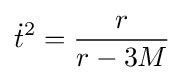
{\dot {t}}^{2}={\frac {r}{r-3M}}